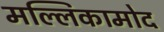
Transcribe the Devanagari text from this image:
मल्लिकामोद